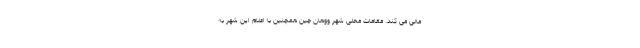
مالی می کند. مقامات محلی شهر ووهان چین همچنین با اعلام این شهر به